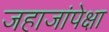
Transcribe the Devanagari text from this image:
जहाजांपेक्षा